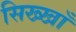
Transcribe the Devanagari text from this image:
सिख्खाँ